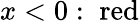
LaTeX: x<0:\; {\mathrm{red}}